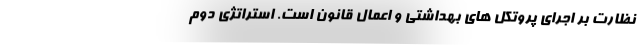
نظارت بر اجرای پروتکل های بهداشتی و اِعمال قانون است. استراتژی دوم